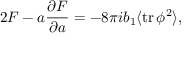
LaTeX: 2 { \cal F } - a { \frac { \partial { \cal F } } { \partial a } } = - 8 \pi i b _ { 1 } \langle \mathrm { t r } \, \phi ^ { 2 } \rangle ,